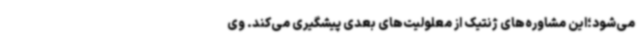
می‌شود؛این مشاوره‌های ژنتیک از معلولیت‌های بعدی پیشگیری می‌کند. وی